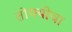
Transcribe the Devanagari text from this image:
तोक्योचा